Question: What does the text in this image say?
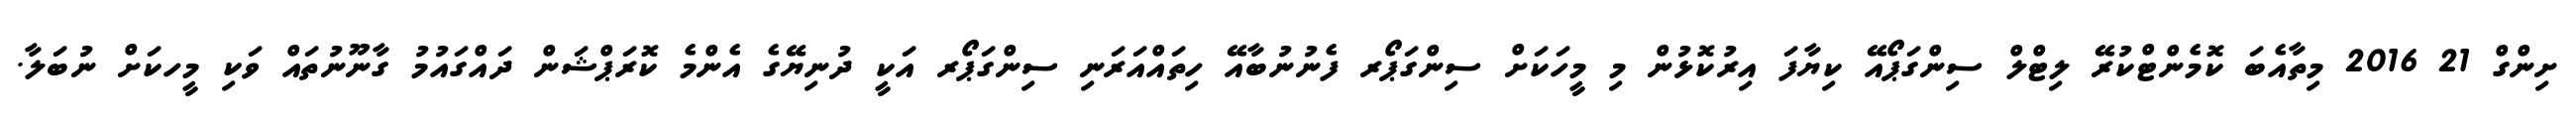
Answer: ށިންގް 21 2016 މިތާއެބަ ކޮމެންޓްކުރޭ ލިޓްލް ސިންގަޕޯއޭ ކިޔާފަ އިރުކޮޅުން މި މީހަކަށް ސިންގަޕޯރ ފެނުނުބާއޭ ހިތައްއަރަނި ސިންގަޕޯރ އަކީ ދުނިޔޭގެ އެންމެ ކޮރަޕްޝަން ދައްގައުމު ގާނޫނުތައް ވަކި މީހކަށް ނުބަލާ.